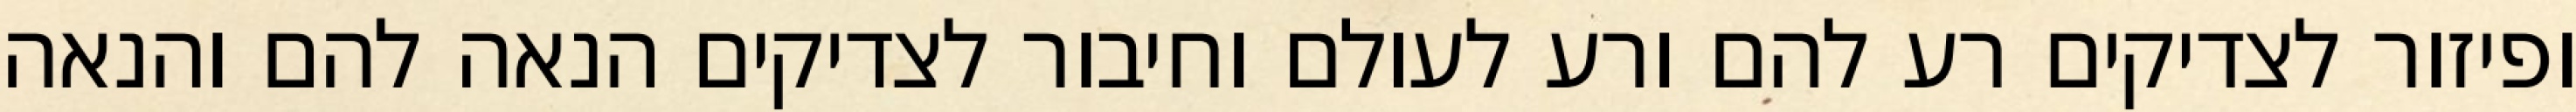
ופיזור לצדיקים רע להם ורע לעולם וחיבור לצדיקים הנאה להם והנאה